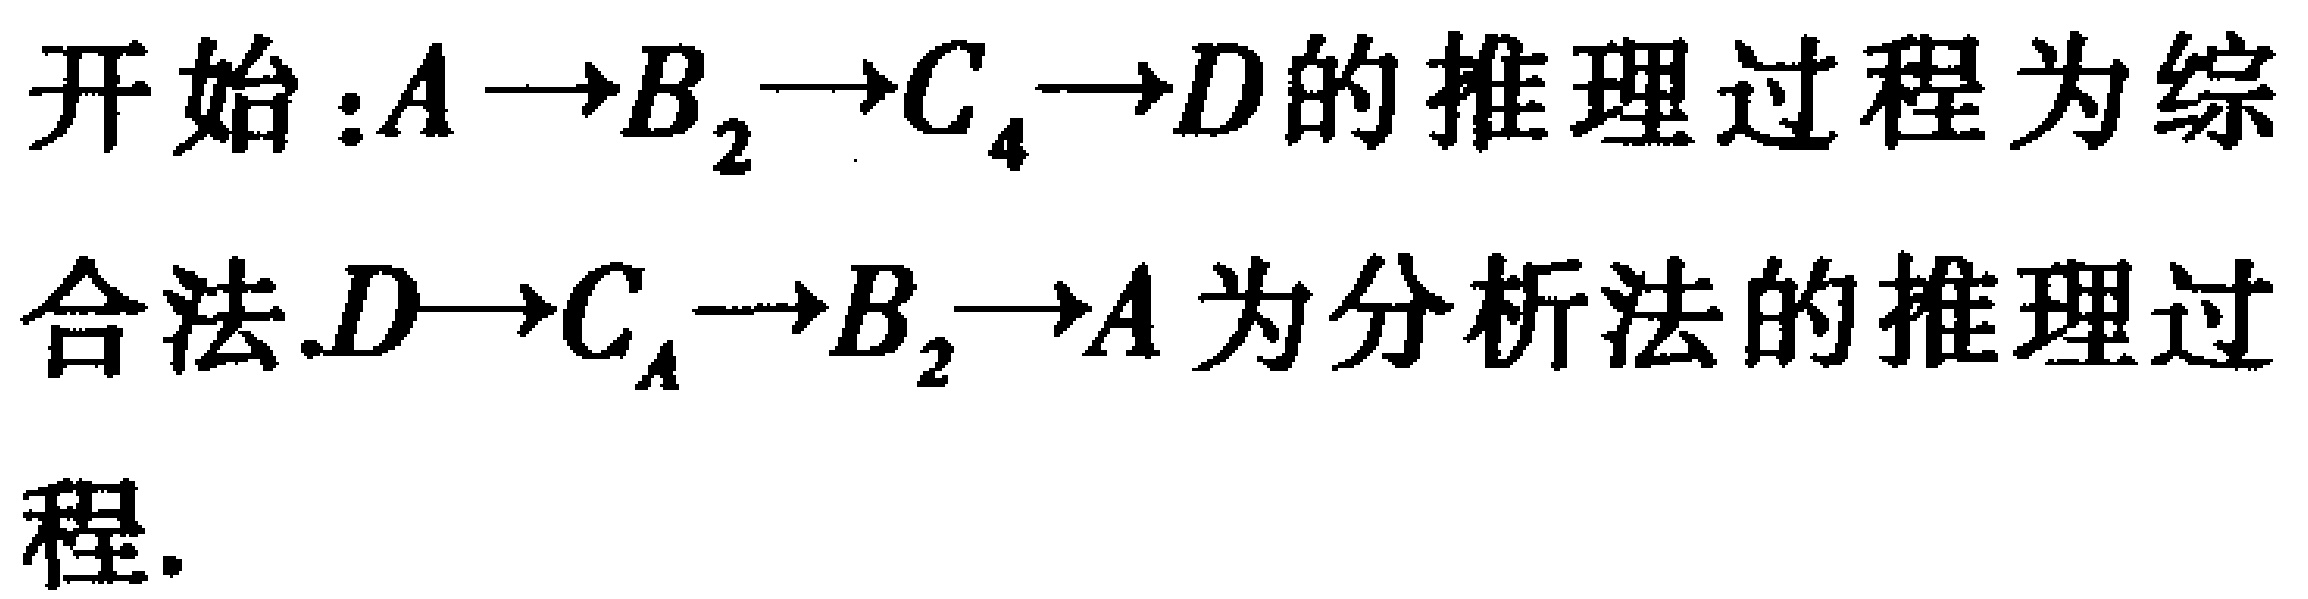
开始：\(A\rightarrow B_{2}\rightarrow C_{4}\rightarrow D\)的推理过程为综合法.\(D\rightarrow C_{A}\rightarrow B_{2}\rightarrow A\)为分析法的推理过程.